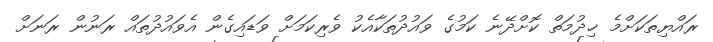
ރައްޔިތަކަށްމެ ޚިދުމަތް ކޮށްދޭނެ ކަމުގެ ވައުދުތަކާއެކު ވެރިކަމަށް ވަޑައިގެން އެވައުދުތައް ރަނުން ރަނަށް